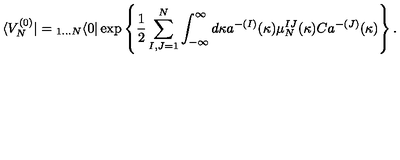
\langle V _ { N } ^ { ( 0 ) } | = { } _ { 1 \dots N } \langle 0 | \exp \left\{ \frac { 1 } { 2 } \sum _ { I , J = 1 } ^ { N } \int _ { - \infty } ^ { \infty } d \kappa a ^ { - ( I ) } ( \kappa ) \mu _ { N } ^ { I J } ( \kappa ) C a ^ { - ( J ) } ( \kappa ) \right\} .